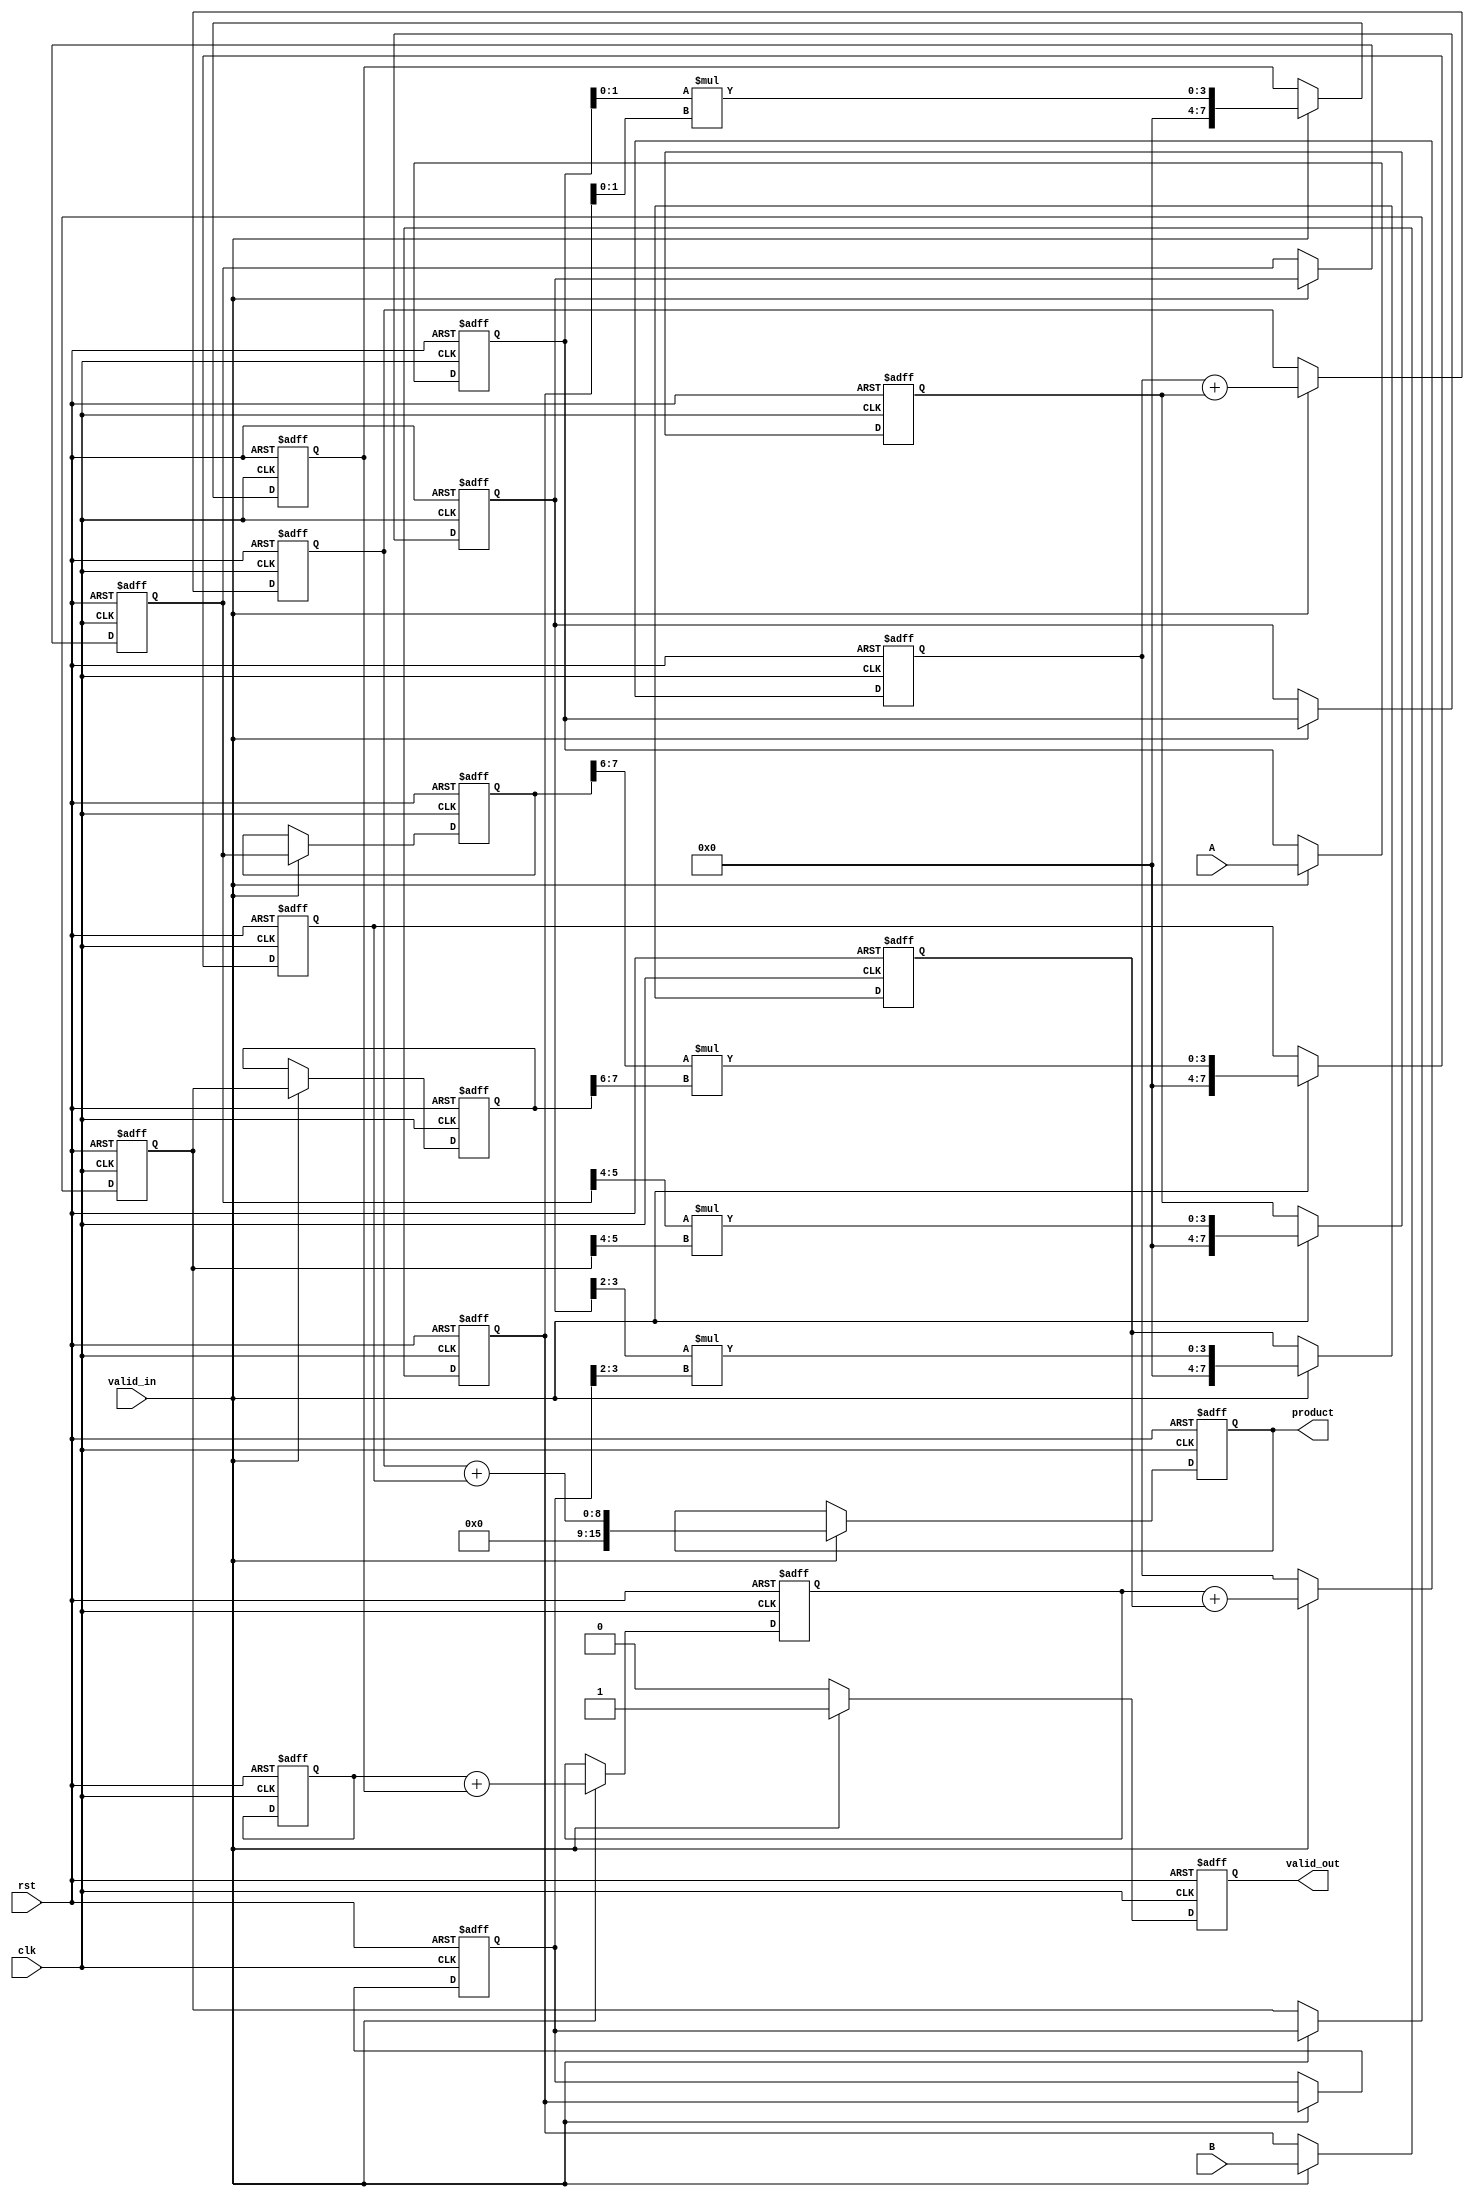
module pipelined_sliced_multiplier #(
    parameter N = 8, // Total bit width of the inputs
    parameter S = 2  // Slice width
)(
    input clk,
    input rst,
    input [N-1:0] A, // First operand
    input [N-1:0] B, // Second operand
    input valid_in,   // Input valid signal
    output reg [2*N-1:0] product, // Output product
    output reg valid_out // Output valid signal
);

    // Number of slices
    localparam NUM_SLICES = N / S;
    
    // Intermediate registers for partial products
    reg [N-1:0] partial_products [0:NUM_SLICES-1];
    reg [N-1:0] accumulators [0:NUM_SLICES-1];
    
    // Pipeline registers
    reg [N-1:0] A_reg [0:NUM_SLICES-1];
    reg [N-1:0] B_reg [0:NUM_SLICES-1];
    
    // Control signals
    integer i;
    
    // Generate partial products
    always @(posedge clk or posedge rst) begin
        if (rst) begin
            for (i = 0; i < NUM_SLICES; i = i + 1) begin
                partial_products[i] <= 0;
                accumulators[i] <= 0;
                A_reg[i] <= 0;
                B_reg[i] <= 0;
            end
            product <= 0;
            valid_out <= 0;
        end else if (valid_in) begin
            // Shift in new inputs
            A_reg[0] <= A;
            B_reg[0] <= B;
            
            // Generate partial products for the first slice
            partial_products[0] <= A_reg[0][S-1:0] * B_reg[0][S-1:0];
            
            // Shift and accumulate for the remaining slices
            for (i = 1; i < NUM_SLICES; i = i + 1) begin
                A_reg[i] <= A_reg[i-1];
                B_reg[i] <= B_reg[i-1];
                partial_products[i] <= A_reg[i][(i*S+S-1):(i*S)] * B_reg[i][(i*S+S-1):(i*S)];
                accumulators[i] <= accumulators[i-1] + partial_products[i-1];
            end
            
            // Final accumulation
            product <= accumulators[NUM_SLICES-1] + partial_products[NUM_SLICES-1];
            valid_out <= 1; // Set output valid signal
        end else begin
            valid_out <= 0; // Clear output valid if input is not valid
        end
    end

endmodule